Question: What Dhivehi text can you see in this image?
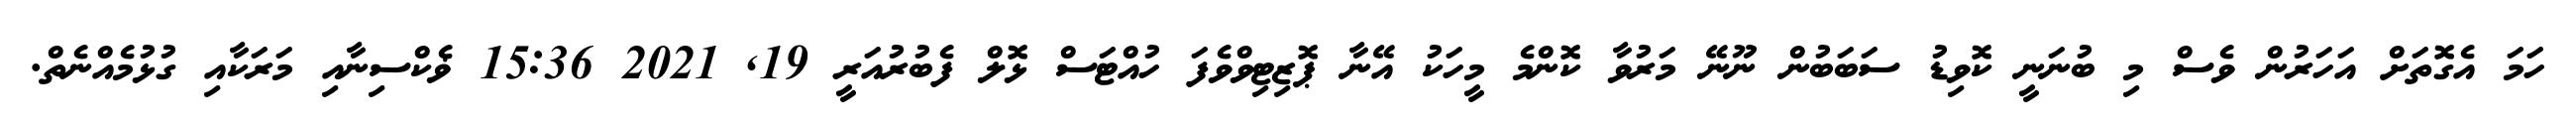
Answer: ހަމަ އެގޮތަށް އަހަރުން ވެސް މި ބުނަނީ ކޮވިޑު ސަބަބުން ނޫނޭ މަރުވާ ކޮންމެ މީހަކު އޭނާ ޕޮޒިޓިވްވެފަ ހުއްޓަސް ޅޮލް ފެބުރުއަރީ 19, 2021 15:36 ޥެކްސިނާއި މަރަކާއި ގުޅުމެއްނެތް.